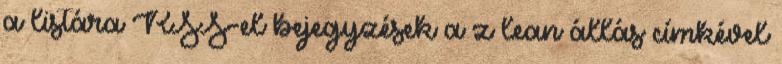
a listára RSS-el bejegyzések a z lean állás címkével